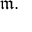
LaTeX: { \mathfrak { m } } .